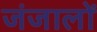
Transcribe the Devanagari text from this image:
जंजालों